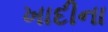
ખાદીના